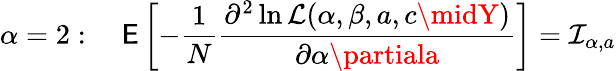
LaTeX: \alpha=2:\quad\operatorname{\mathsf{E}}\left[-{\frac{{1}}{{N}}}{\frac{{\partial^{2}\ln{\mathcal{{L}}}(\alpha,\beta,a,c\midY)}}{{\partial\alpha\partiala}}}\right]={\mathcal{{I}}}_{\alpha,a}